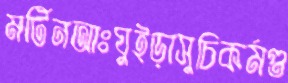
মর্টিনআঃঘুইড়াসুচিকর্মগু